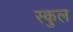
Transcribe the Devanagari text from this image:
स्‍कुल